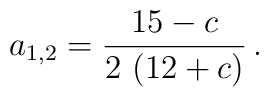
a_{1,2}=\frac{15 - c}{2\,\left( 12 + c \right) } \, .